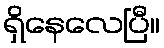
ရှိနေလေပြီ။